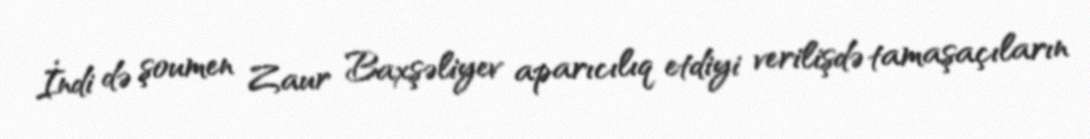
İndi də şoumen Zaur Baxşəliyev aparıcılıq etdiyi verilişdə tamaşaçıların